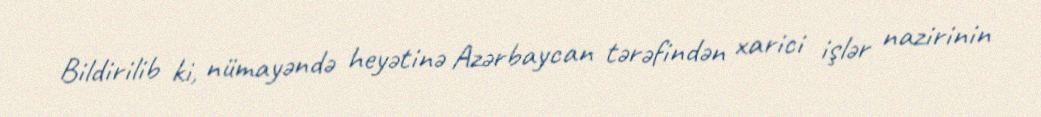
Bildirilib ki, nümayəndə heyətinə Azərbaycan tərəfindən xarici işlər nazirinin